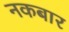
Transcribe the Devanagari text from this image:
नकबार